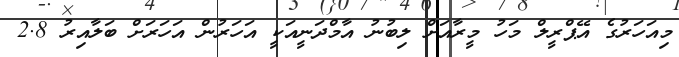
މިއަހަރުގެ އޭޕްރީލް މަހު މީރާއަށް ލިބުނު އާމްދަނީއަކީ އަހަރުން އަހަރަށް ބަލާއިރު 2.8